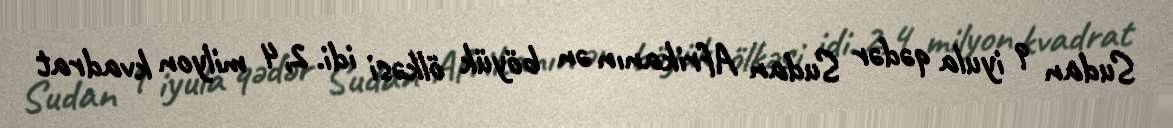
Sudan 9 iyula qədər Sudan Afrikanın ən böyük ölkəsi idi. 2,4 milyon kvadrat